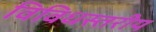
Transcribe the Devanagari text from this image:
विविधस्तरीय